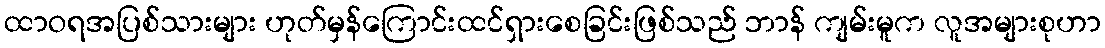
ထာဝရအပြစ်သားများ ဟုတ်မှန်ကြောင်းထင်ရှားစေခြင်းဖြစ်သည် ဘာန် ကျမ်းမူက လူအများစုဟာ